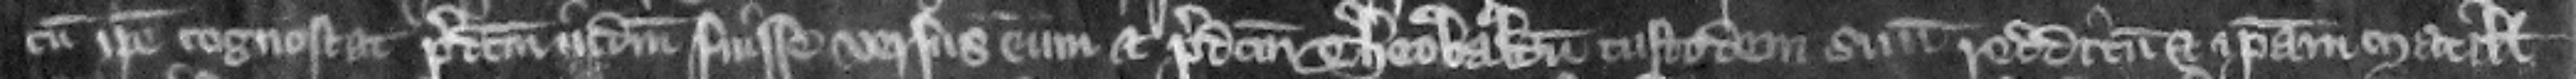
cum ipse cognoscat predictum iudicium fuisse versus eum et predictum Theobaldum custodem suum redditum et ipsam Matillidem